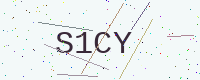
Text: S1CY